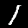
Label: 1